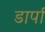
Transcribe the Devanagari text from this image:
डार्पा